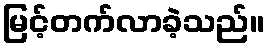
မြင့်တက်လာခဲ့သည်။